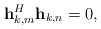
\begin{align*}\mathbf{h}_{k,m}^H\mathbf{h}_{k,n} = 0,\end{align*}